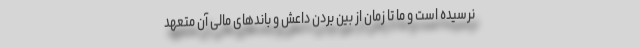
نرسیده است و ما تا زمان از بین بردن داعش و باندهای مالی آن متعهد